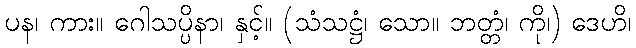
ပန၊ ကား။ ဂေါသပ္ပိနာ၊ နှင့်။ (သံသဋ္ဌံ၊ သော။ ဘတ္တံ၊ ကို၊) ဒေဟိ၊